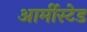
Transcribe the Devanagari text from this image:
आर्मीस्टेड